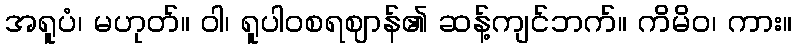
အရူပံ၊ မဟုတ်။ ဝါ၊ ရူပါဝစရဈာန်၏ ဆန့်ကျင်ဘက်။ ကိမိဝ၊ ကား။